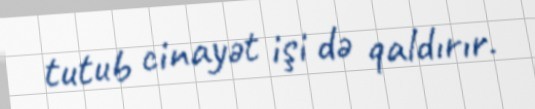
tutub cinayət işi də qaldırır.